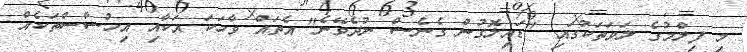
މި ފިލްމުގެ ލަވަތަކުގައި "ޑައިލޮގުން ގެނެސް ނުދެވޭނެ" އެތައް ވާހަކަ އަކާއި އިހުސާސްތަކެއް